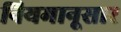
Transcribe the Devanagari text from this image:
नियमानूसार